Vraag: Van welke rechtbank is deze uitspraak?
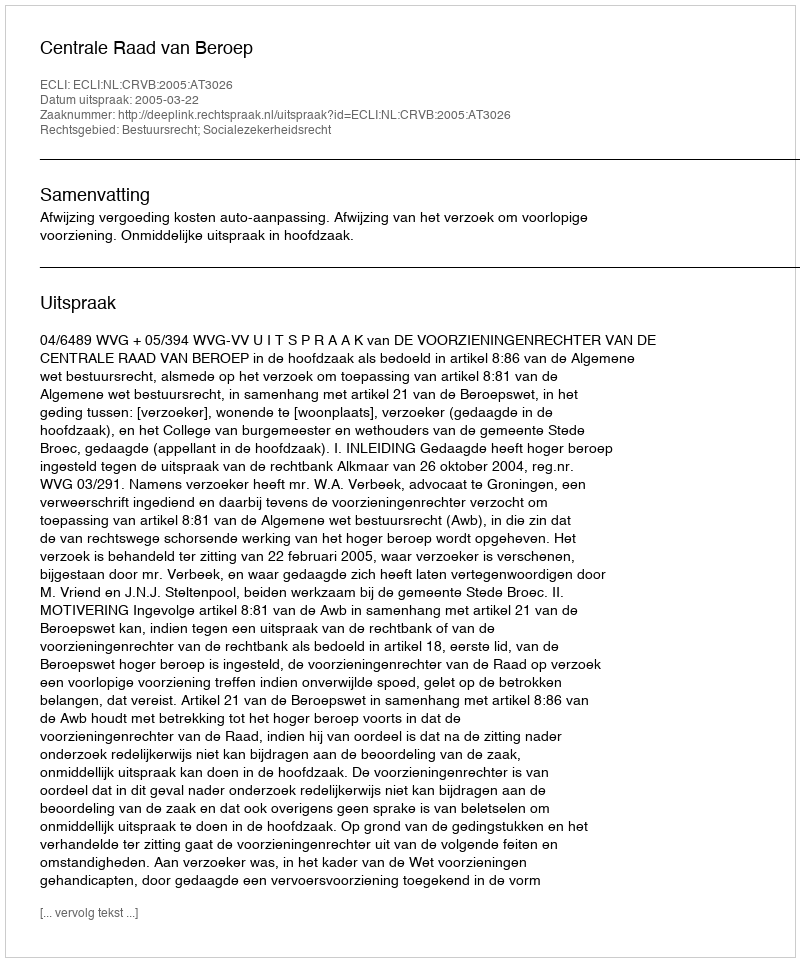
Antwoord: Centrale Raad van Beroep